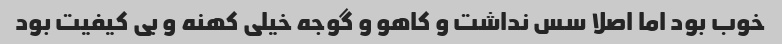
خوب بود اما اصلا سس نداشت و کاهو و گوجه خیلی کهنه و بی کیفیت بود